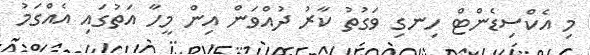
މި އެކްސިޑެންޓް ހިނގި ވަގުތު ކާރު ދުއްވަން އިން މީހާ އަތުގައި އެއްގަމު